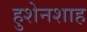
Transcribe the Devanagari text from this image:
हुशेनशाह